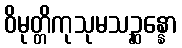
ဝိမုတ္တိကုသုမသဉ္ဆန္နော